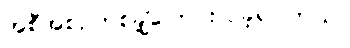
အစီအစဉ်တစ်ချို့ပြောင်းလဲခဲ့ရပါတယ်။